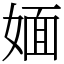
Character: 媔